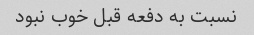
نسبت به دفعه قبل خوب نبود